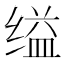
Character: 缢